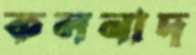
কলনাদ